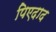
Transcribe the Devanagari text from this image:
पिएदाद